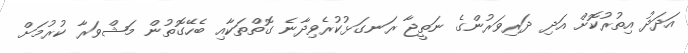
އަދަދު އިތުރުކޮށް އަދި ދަރިވަރުންގެ ނަތީޖާ ރަނގަޅުކުރެވިދާނެ ގޮތްތަކާއި ބެހޭގޮތުން މަޝްވަރާ ކުރުމަށް